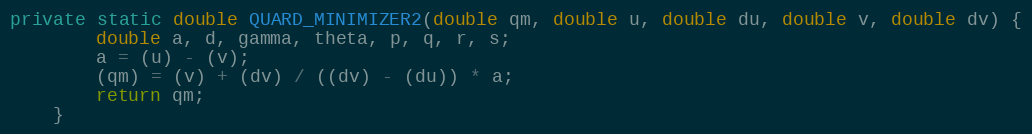
Language: Java
private static double QUARD_MINIMIZER2(double qm, double u, double du, double v, double dv) {
        double a, d, gamma, theta, p, q, r, s;
        a = (u) - (v);
        (qm) = (v) + (dv) / ((dv) - (du)) * a;
        return qm;
    }